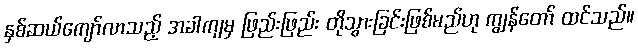
နှစ်ဆယ်ကျော်လာသည့် အခါကျမှ ဖြည်းဖြည်း တိုသွားခြင်းဖြစ်မည်ဟု ကျွန်တော် ထင်သည်။